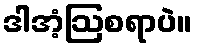
ဒါအံ့ဩစရာပဲ။